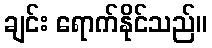
ချင်း ရောက်နိုင်သည်။